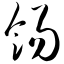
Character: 饧